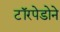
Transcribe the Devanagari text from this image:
टॉरपेडोने